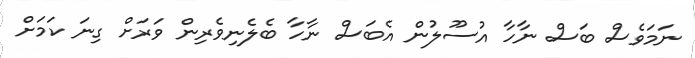
ނަމަވެސް ބަސް ނާހާ އުސޫލުން އެބަސް ނާހާ ބެލެނިވެރިން ވަރަށް ގިނަ ކަމަށް